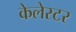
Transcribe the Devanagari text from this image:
केलेस्टर